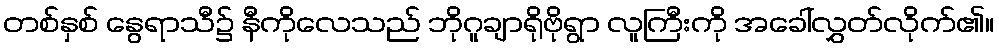
တစ်နှစ် နွေရာသီ၌ နီကိုလေသည် ဘိုဂူချာရိုဗိုရွာ လူကြီးကို အခေါ်လွှတ်လိုက်၏။